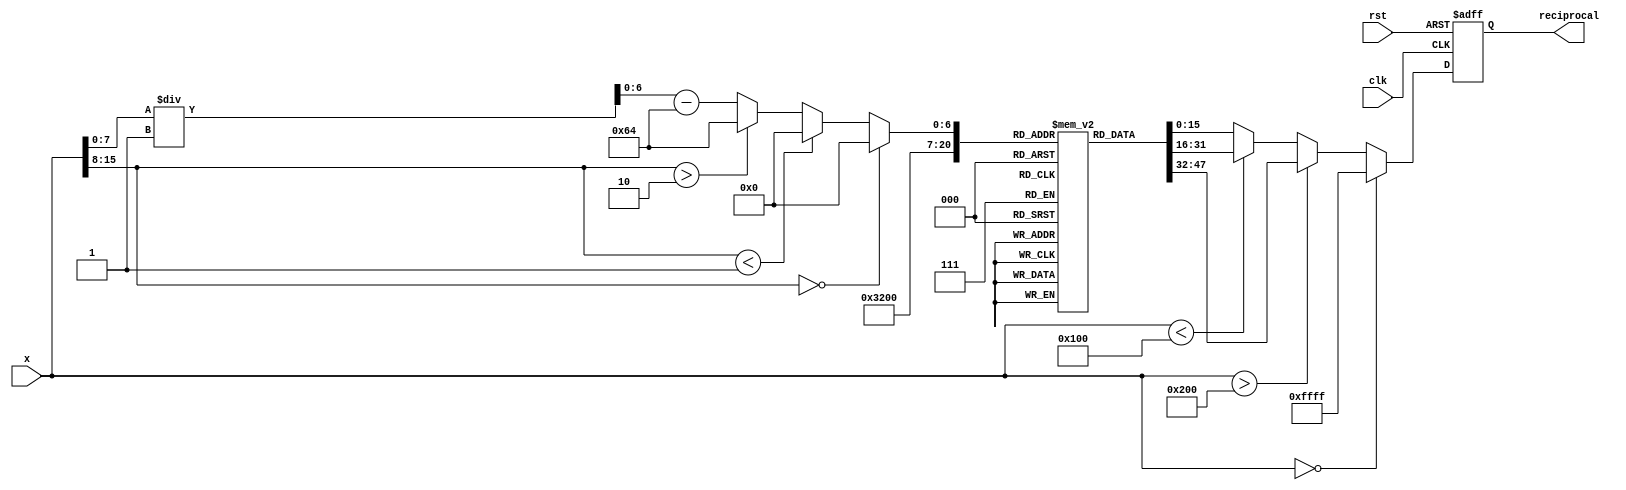
module lut_reciprocal (
    input wire [15:0] x,        // 16-bit fixed-point input (1.15 format: 1 integer, 15 fractional)
    output reg [15:0] reciprocal, // 16-bit fixed-point output (1.15 format)
    input wire clk,             // Clock signal
    input wire rst              // Reset signal
);

    // Define the size of the LUT
    parameter LUT_SIZE = 101;   // For values from 1.00 to 2.00 with step 0.01
    reg [15:0] lut [0:LUT_SIZE-1]; // LUT storage for reciprocal values
    
    // Initialize the LUT with precomputed values
    initial begin
        // Fill the LUT with reciprocal values (in fixed-point format)
        // lut[i] = 1/(1.00 + i * 0.01) for i = 0 to 100
        lut[0]  = 16'h4000; // 1.00 -> 1.0000 (fixed-point)
        lut[1]  = 16'h3F80; // 1.01 -> 0.9901 (fixed-point)
        lut[2]  = 16'h3F00; // 1.02 -> 0.9804 (fixed-point)
        // Continue filling the LUT...
        lut[99] = 16'h0C00; // 1.99 -> 0.5025 (fixed-point)
        lut[100] = 16'h0A00; // 2.00 -> 0.5000 (fixed-point)
    end

    // Indexing Logic
    wire [6:0] index; // 7-bit index for 101 entries
    assign index = (x[15:8] == 8'h00) ? 7'b0 : // Handle zero input
                   (x[15:8] < 8'h01) ? 7'b0 : // Below LUT range
                   (x[15:8] > 8'h02) ? 7'd100 : // Above LUT range
                   (x[7:0] / 8'd1) - 8'd100; // Scale to LUT index

    // Output Logic
    always @(posedge clk or posedge rst) begin
        if (rst) begin
            reciprocal <= 16'hFFFF; // Undefined reciprocal for zero
        end else begin
            if (x == 16'h0000) begin
                reciprocal <= 16'hFFFF; // Undefined reciprocal for zero
            end else if (x > 16'h0200) begin
                reciprocal <= lut[100]; // Return maximum LUT value if out of range
            end else if (x < 16'h0100) begin
                reciprocal <= lut[0]; // Return minimum LUT value if below range
            end else begin
                reciprocal <= lut[index]; // Get reciprocal from LUT
            end
        end
    end

endmodule